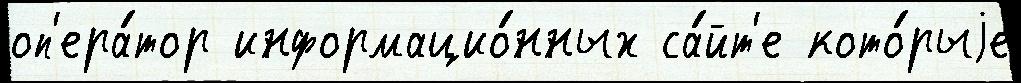
оп'ера́тор информацио́нных са́йт'е кото́рыjе